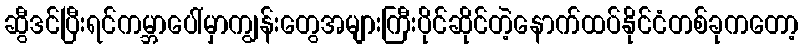
ဆွီဒင်ပြီးရင်ကမ္ဘာပေါ်မှာကျွန်းတွေအများကြီးပိုင်ဆိုင်တဲ့နောက်ထပ်နိုင်ငံတစ်ခုကတော့